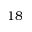
1 8